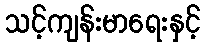
သင့်ကျန်းမာရေးနှင့်